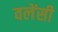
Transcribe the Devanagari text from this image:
वलेंसी